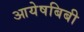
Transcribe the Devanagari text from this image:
आयेषबिबी